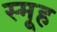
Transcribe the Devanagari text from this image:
स्मूह